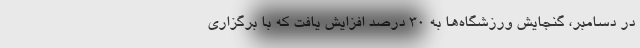
در دسامبر، گنجایش ورزشگاه‌ها به ۳۰ درصد افزایش یافت که با برگزاری